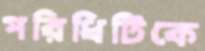
পরিধিটিকে